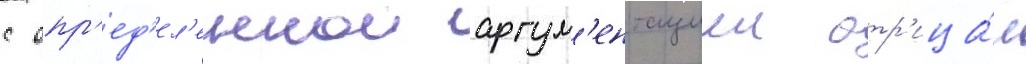
с опр'ед'ел'еннои аргум'ентациеи отр'ица́л